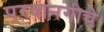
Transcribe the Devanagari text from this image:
परवानगीचे